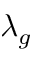
\lambda _ { g }